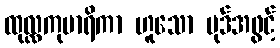
ထုလ္လကုမာရိကာ ဟူသော ပုဒ်အဖွင့်